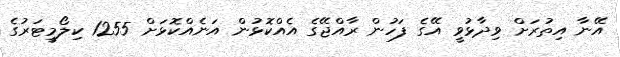
އޭނާ އިތުރަށް ވިދާޅުވީ އޭގެ ފަހުން ރާއްޖޭގެ އެއްކޮޅުން އަނެއްކޮޅަށް 1255 ކިލޯމީޓަރުގެ